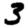
Digit: 3